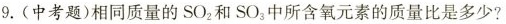
9. (中考题)相同质量的SO_{2}和SO_{3}中所含氧元素的质量比是多少?